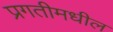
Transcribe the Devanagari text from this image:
प्रगतीमधील